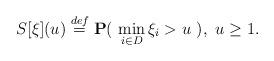
LaTeX: \begin{align*} S[\xi](u) \stackrel{def}{=} {\bf P} ( \ \min_{i \in D} \xi_i > u \ ), \ u \ge 1. \end{align*}